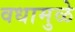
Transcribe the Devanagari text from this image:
वधामुळे